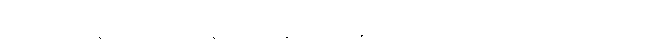
သဠာယတနံ၊ သဠာယတနသည်။ နာမရူပံ၊ နာမ်ရုပ်သည်။ ဝိညာဏံ၊ ဝိညာဉ်သည်။